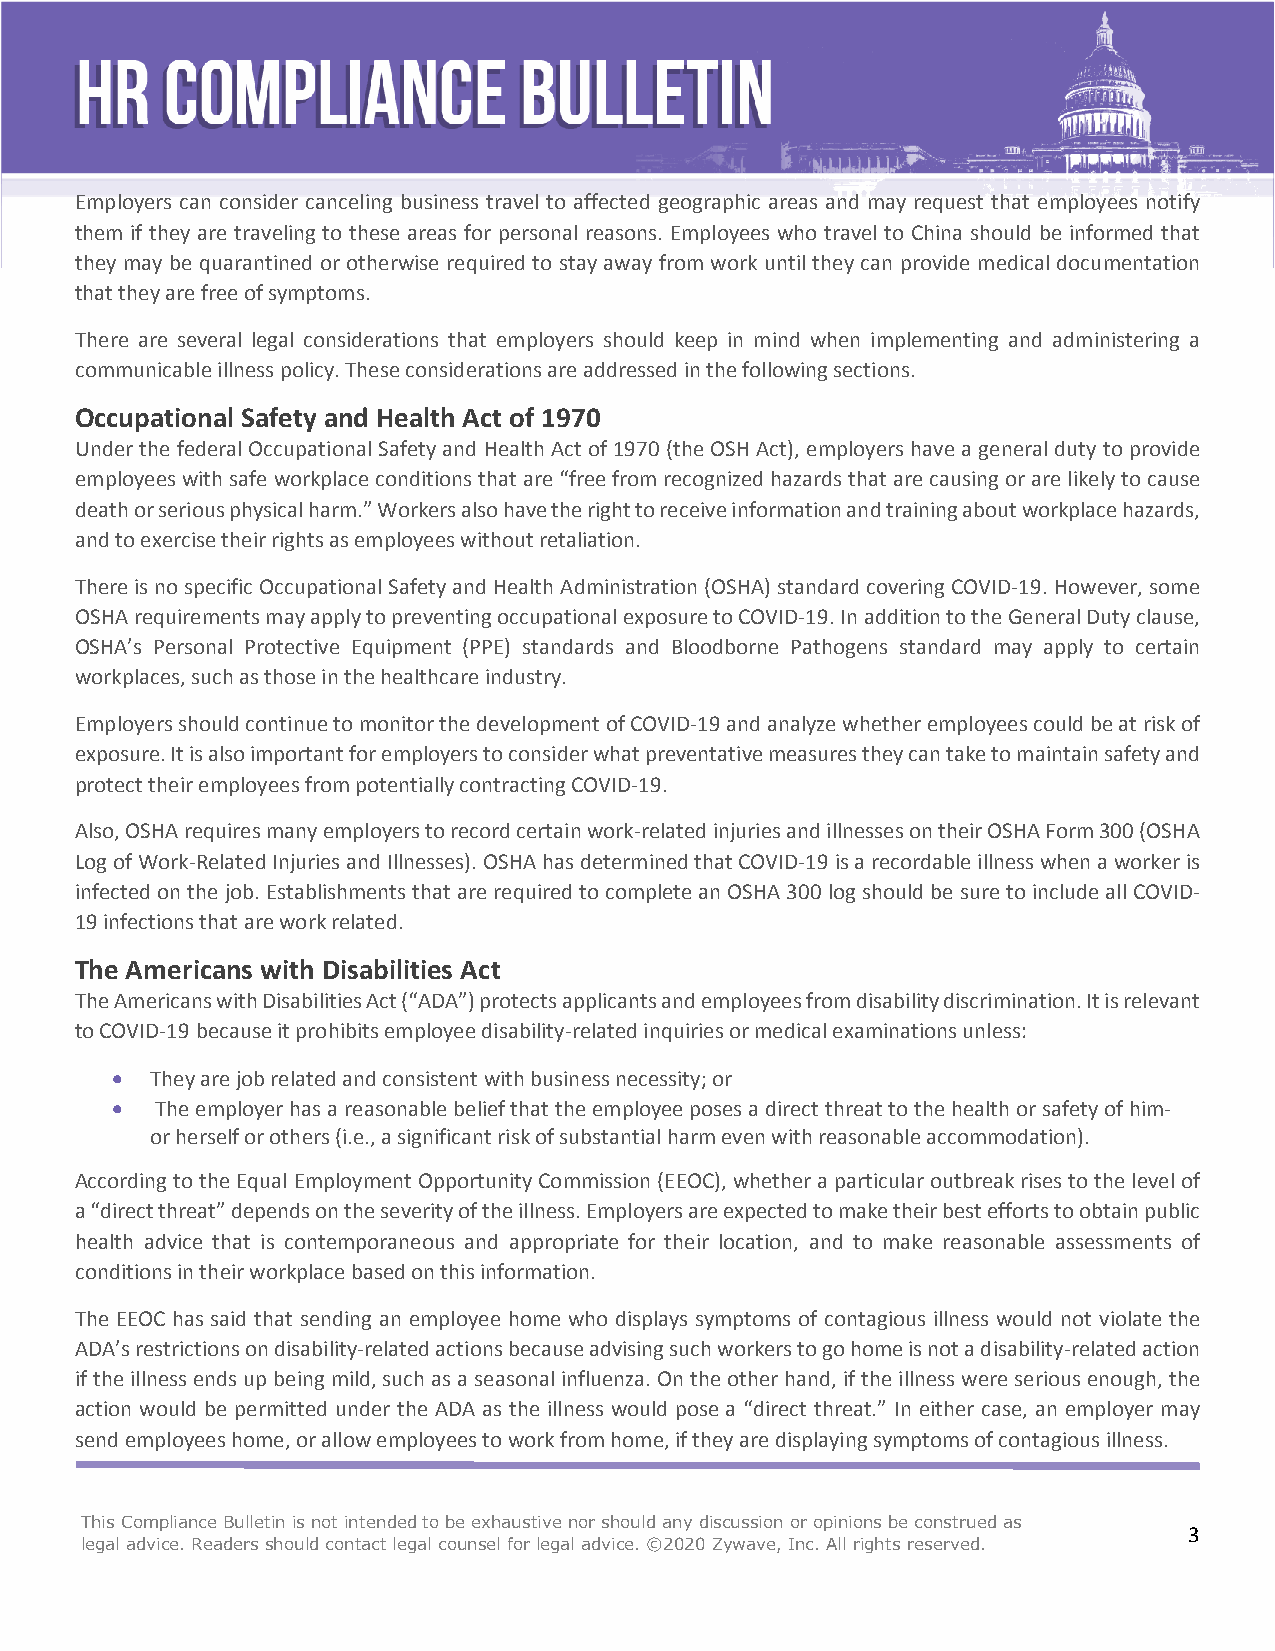
Employers can consider canceling business travel to affected geographic areas and may request that employees notify
 them if they are traveling to these areas for personal reasons. Employees who travel to China should be informed that
 they may be quarantined or otherwise required to stay away from work until they can provide medical documentation
 that they are free of symptoms.
 There are several legal considerations that employers should keep in mind when implementing and administering a
 communicable illness policy. These considerations are addressed in the following sections.
 Occupational Safety and Health Act of 1970
 Under the federal Occupational Safety and Health Act of 1970 (the OSH Act), employers have a general duty to provide
 employees with safe workplace conditions that are “free from recognized hazards that are causing or are likely to cause
 death or serious physical harm.” Workers also have the right to receive information and training about workplace hazards,
 and to exercise their rights as employees without retaliation.
 There is no specific Occupational Safety and Health Administration (OSHA) standard covering COVID-19. However, some
 OSHA requirements may apply to preventing occupational exposure to COVID-19. In addition to the General Duty clause,
 OSHA’s Personal Protective Equipment (PPE) standards and Bloodborne Pathogens standard may apply to certain
 workplaces, such as those in the healthcare industry.
 Employers should continue to monitor the development of COVID-19 and analyze whether employees could be at risk of
 exposure. It is also important for employers to consider what preventative measures they can take to maintain safety and
 protect their employees from potentially contracting COVID-19.
 Also, OSHA requires many employers to record certain work-related injuries and illnesses on their OSHA Form 300 (OSHA
 Log of Work-Related Injuries and Illnesses). OSHA has determined that COVID-19 is a recordable illness when a worker is
 infected on the job. Establishments that are required to complete an OSHA 300 log should be sure to include all COVID-
 19 infections that are work related.
 The Americans with Disabilities Act
 The Americans with Disabilities Act (“ADA”) protects applicants and employees from disability discrimination. It is relevant
 to COVID-19 because it prohibits employee disability-related inquiries or medical examinations unless:
   They are job related and consistent with business necessity; or
   The employer has a reasonable belief that the employee poses a direct threat to the health or safety of him-
 or herself or others (i.e., a significant risk of substantial harm even with reasonable accommodation).
 According to the Equal Employment Opportunity Commission (EEOC), whether a particular outbreak rises to the level of
 a “direct threat” depends on the severity of the illness. Employers are expected to make their best efforts to obtain public
 health advice that is contemporaneous and appropriate for their location, and to make reasonable assessments of
 conditions in their workplace based on this information.
 The EEOC has said that sending an employee home who displays symptoms of contagious illness would not violate the
 ADA’s restrictions on disability-related actions because advising such workers to go home is not a disability-related action
 if the illness ends up being mild, such as a seasonal influenza. On the other hand, if the illness were serious enough, the
 action would be permitted under the ADA as the illness would pose a “direct threat.” In either case, an employer may
 send employees home, or allow employees to work from home, if they are displaying symptoms of contagious illness.
 This Compliance Bulletin is not intended to be exhaustive nor should any discussion or opinions be construed as
 3
 legal advice. Readers should contact legal counsel for legal advice. ©2020 Zywave, Inc. All rights reserved.